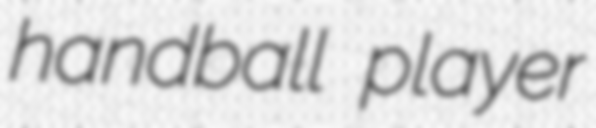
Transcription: handball player